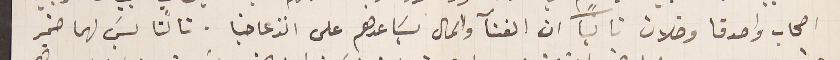
اصحاب واصدقا وخلان ثانياً ان الغنآ والمال يسَاعدهم على انزعاجنا. ثالثا ليسَ لهما ضمير